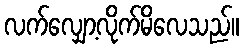
လက်လျှော့လိုက်မိလေသည်။